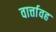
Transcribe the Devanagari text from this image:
वार्त्तावह